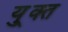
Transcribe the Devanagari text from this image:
यु्क्त